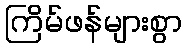
ကြိမ်ဖန်များစွာ